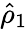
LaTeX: \hat{\rho}_{1}